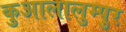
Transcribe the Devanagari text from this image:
कुआलालुम्पुर